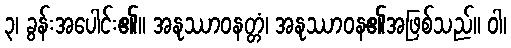
၃၊ ခွန်းအပေါင်း၏။ အနုဿာဝနတ္တံ၊ အနုဿာဝန၏အဖြစ်သည်။ ဝါ၊